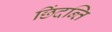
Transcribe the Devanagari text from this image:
छिंदन्ति